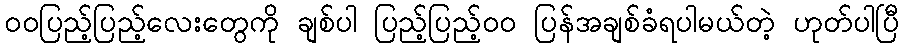
ဝဝပြည့်ပြည့်လေးတွေကို ချစ်ပါ ပြည့်ပြည့်ဝဝ ပြန်အချစ်ခံရပါမယ်တဲ့ ဟုတ်ပါပြီ